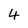
Character: 4